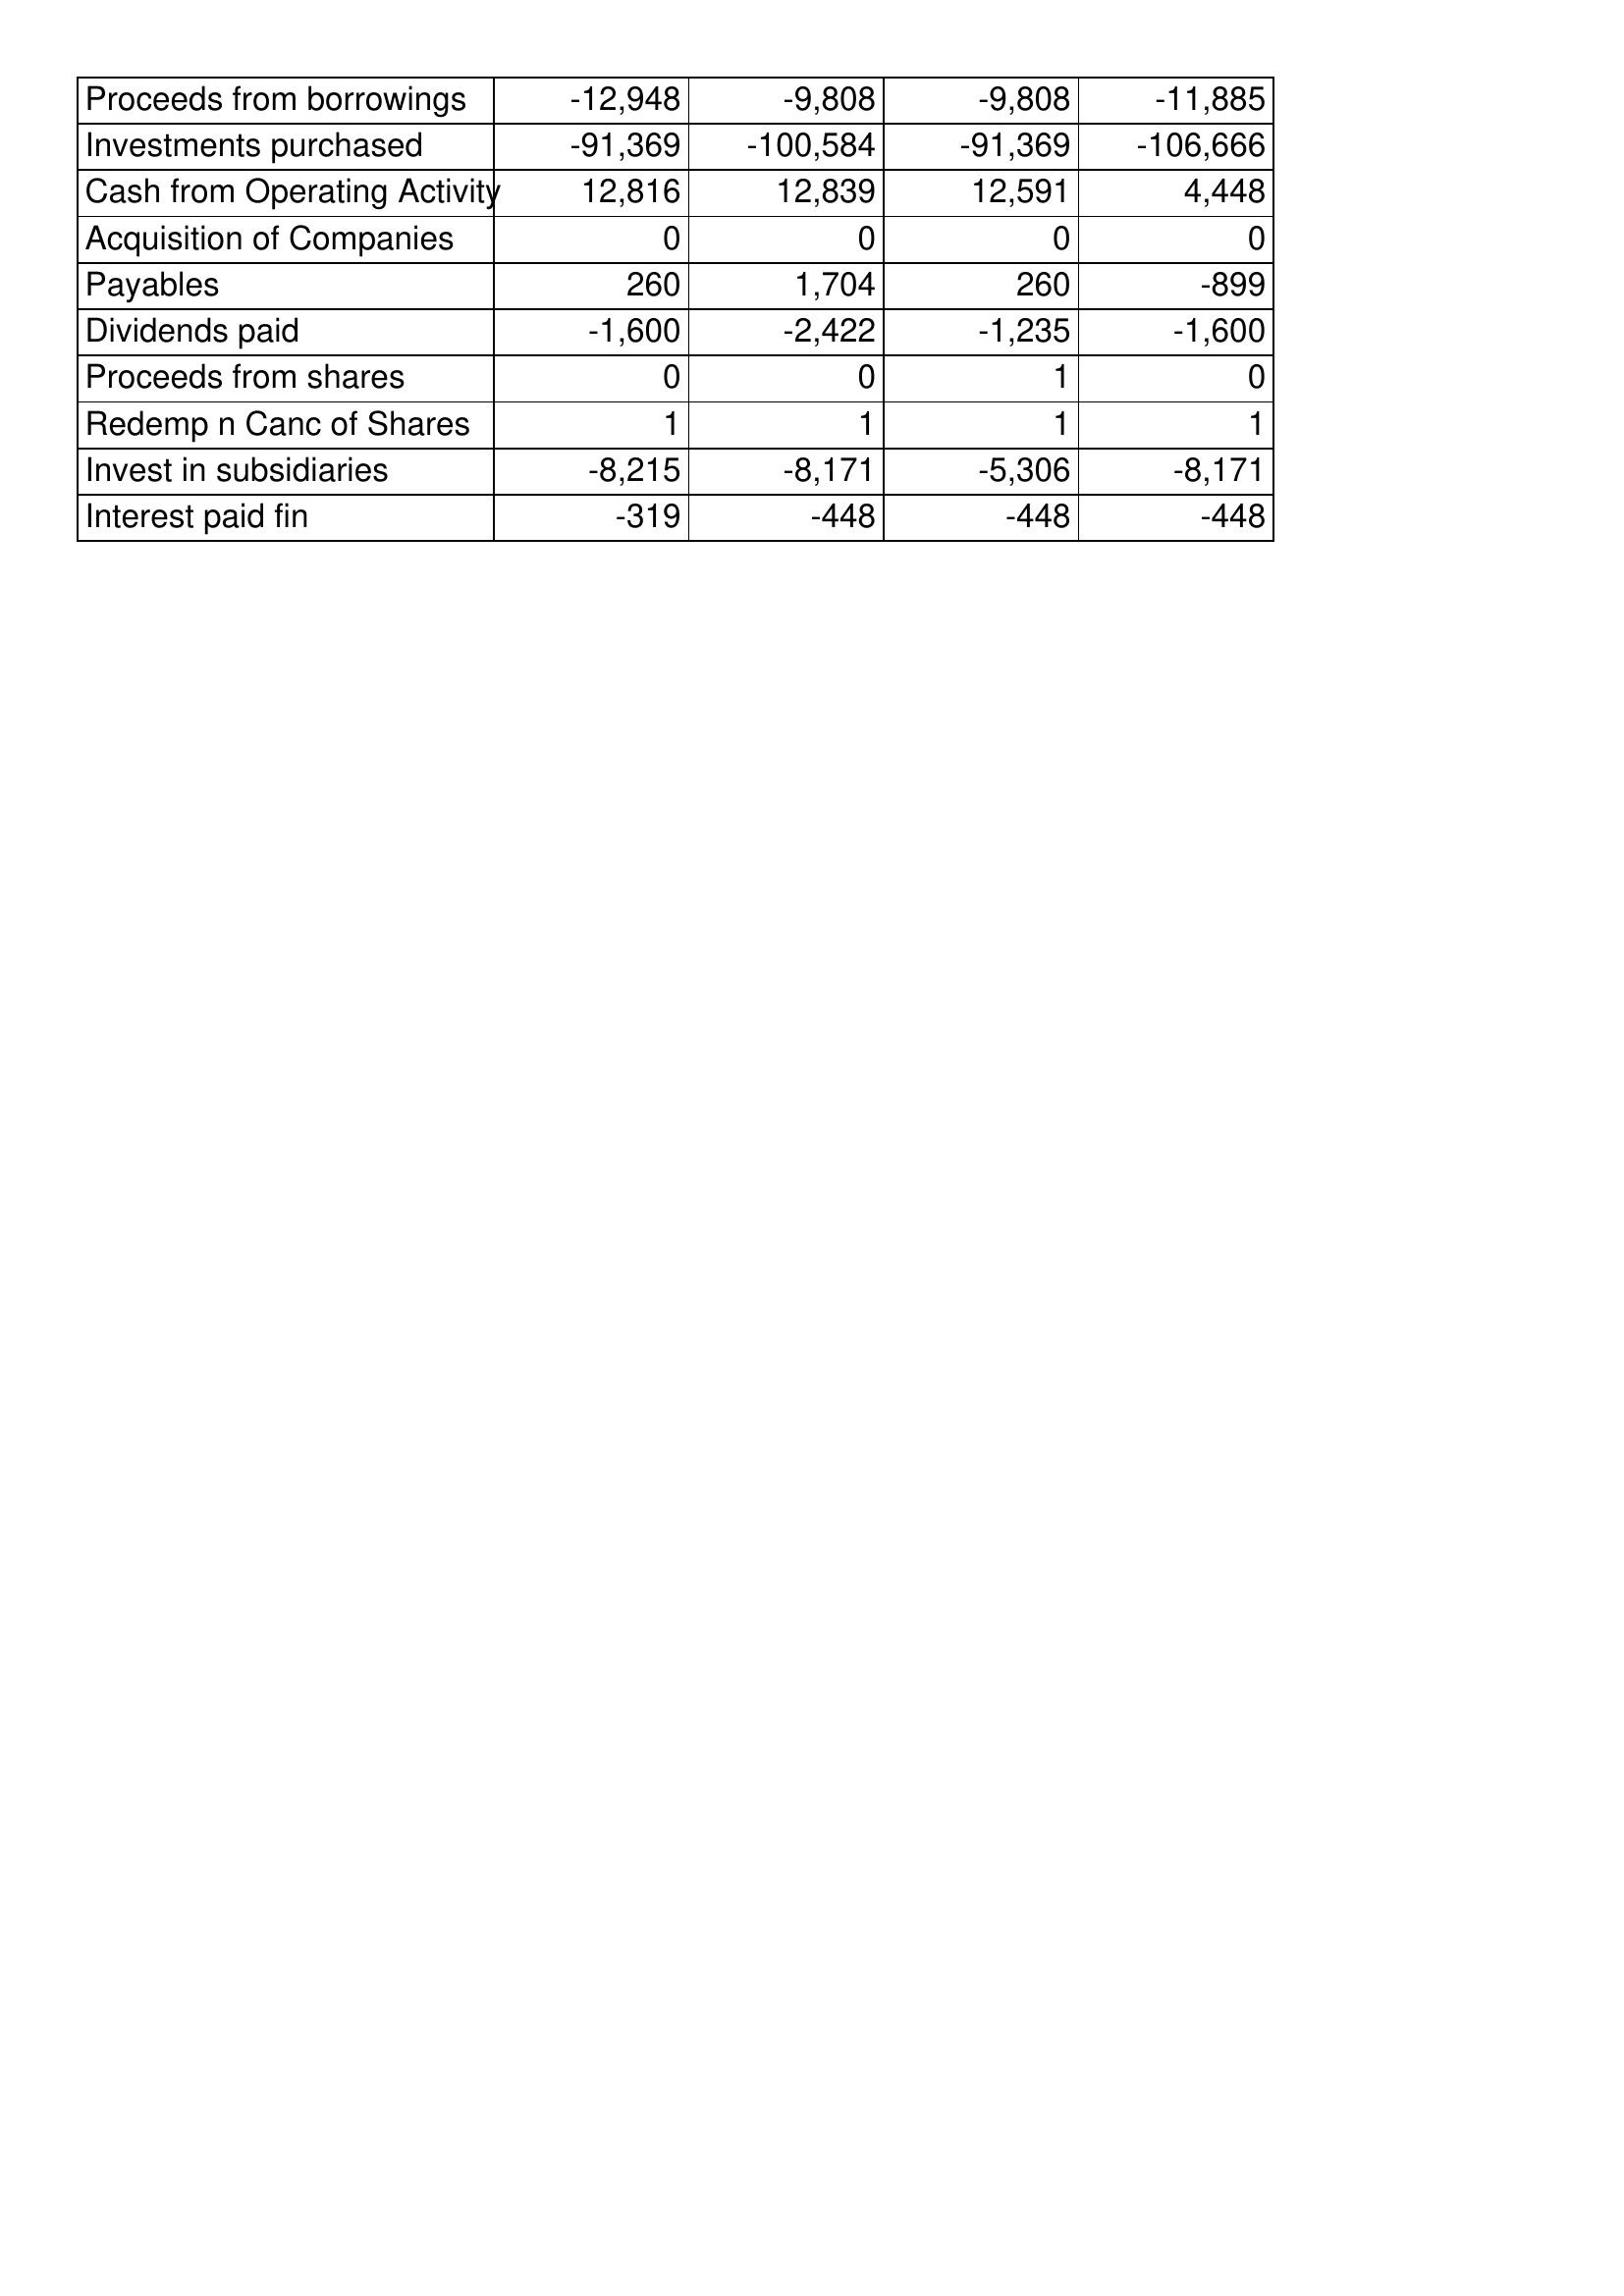
Apr-01: Cash Flows: Proceeds from borrowings: -12,948
Investments purchased: -91,369
Cash from Operating Activity: 12,816
Acquisition of Companies: 0
Payables: 260
Dividends paid: -1,600
Proceeds from shares: 0
Redemp n Canc of Shares: 1
Invest in subsidiaries: -8,215
Interest paid fin: -319
Apr-00: Cash Flows: Proceeds from borrowings: -9,808
Investments purchased: -100,584
Cash from Operating Activity: 12,839
Acquisition of Companies: 0
Payables: 1,704
Dividends paid: -2,422
Proceeds from shares: 0
Redemp n Canc of Shares: 1
Invest in subsidiaries: -8,171
Interest paid fin: -448
Apr-99: Cash Flows: Proceeds from borrowings: -9,808
Investments purchased: -91,369
Cash from Operating Activity: 12,591
Acquisition of Companies: 0
Payables: 260
Dividends paid: -1,235
Proceeds from shares: 1
Redemp n Canc of Shares: 1
Invest in subsidiaries: -5,306
Interest paid fin: -448
Apr-98: Cash Flows: Proceeds from borrowings: -11,885
Investments purchased: -106,666
Cash from Operating Activity: 4,448
Acquisition of Companies: 0
Payables: -899
Dividends paid: -1,600
Proceeds from shares: 0
Redemp n Canc of Shares: 1
Invest in subsidiaries: -8,171
Interest paid fin: -448